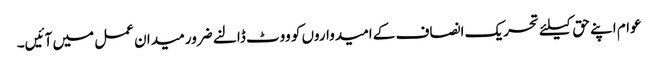
عوام اپنے حق کیلئے تحریک انصاف کے امیدواروں کو ووٹ ڈالنے ضرور میدان عمل میں آئیں۔